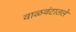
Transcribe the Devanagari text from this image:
वाळवंटातले